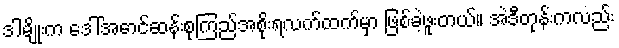
ဒါမျိုးက ဒေါ်အောင်ဆန်းစုကြည်အစိုးရလက်ထက်မှာ ဖြစ်ခဲ့ဖူးတယ်။ အဲဒီတုန်းကလည်း